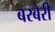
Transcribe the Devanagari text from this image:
बरबेरी